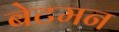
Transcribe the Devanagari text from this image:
बेटमन